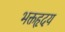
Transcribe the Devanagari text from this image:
भक्तहृदय